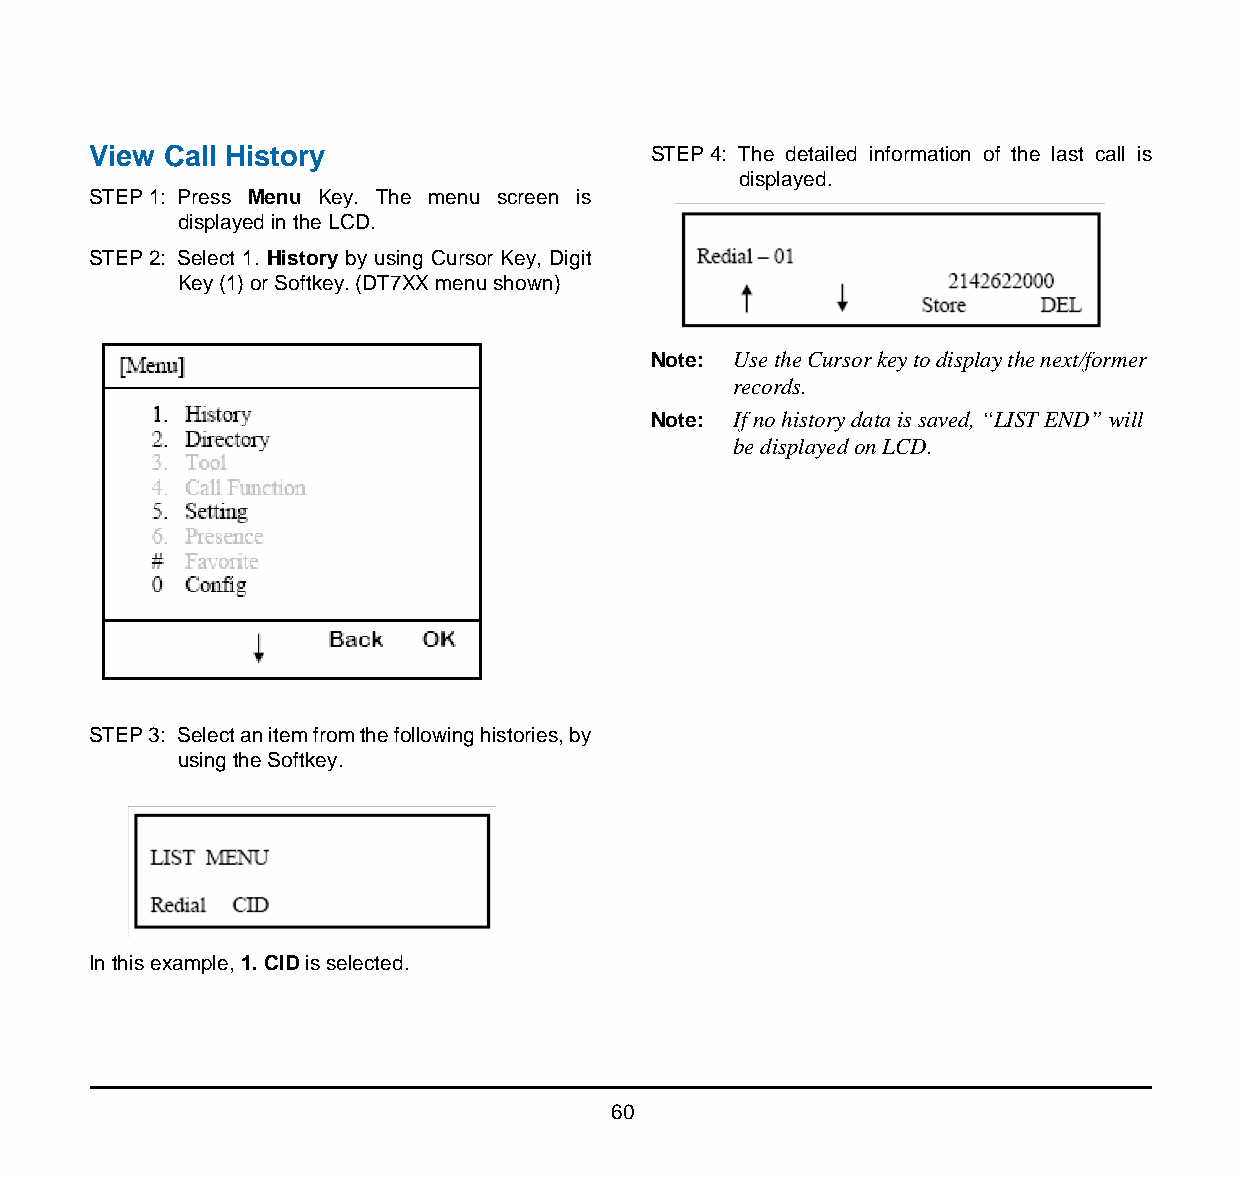
View Call History                     STEP 4: The detailed information of the last call is
 displayed.
 STEP 1: Press Menu Key. The menu screen is
 displayed in the LCD.
 STEP 2: Select 1. History by using Cursor Key, Digit
 Key (1) or Softkey. (DT7XX menu shown)
 Note: Use the Cursor key to display the next/former
 records.
 Note: If no history data is saved, “LIST END” will
 be displayed on LCD.
 STEP 3: Select an item from the following histories, by
 using the Softkey.
 In this example, 1. CID is selected.
 60